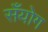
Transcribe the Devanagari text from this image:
सँयोग